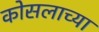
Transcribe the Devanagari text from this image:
कोसलाच्या